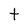
Character: t